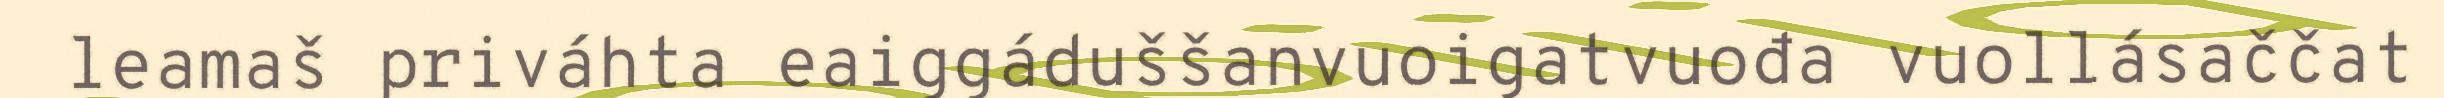
leamaš priváhta eaiggáduššanvuoigatvuođa vuollásaččat